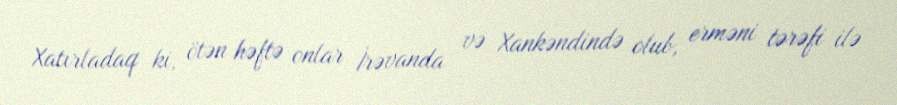
Xatırladaq ki, ötən həftə onlar İrəvanda və Xankəndində olub, erməni tərəfi ilə